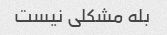
بله مشکلی نیست